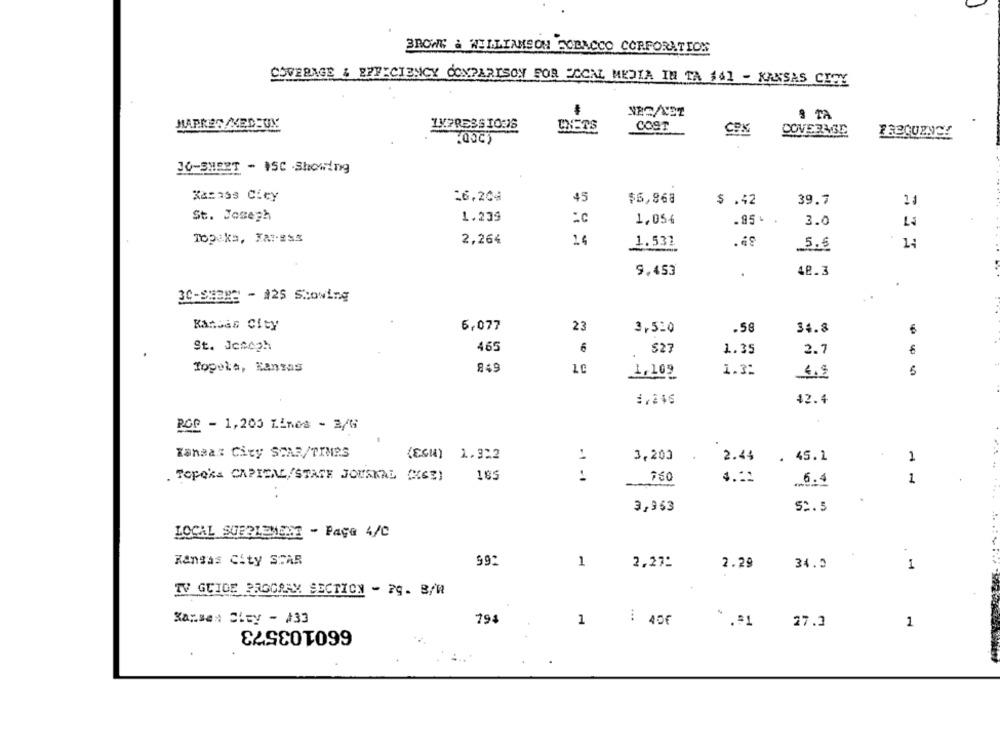
BROWF & WILLIAMSON BORACCO CORPORATION
COVERAGE & EFFICIENCY COMPARISON FOR ECCAL MEDIA IN TA 141 - KANSAS CITY
S TA
MAPNES/MEDSUN
CHETS
COST
COM
COVERAGE
30-SHEET - 15C Showing
Kasass Cicy
16,204
45
$6,868
$ .42
39.7
St. Joseph
1.239
1,054
.95-
3.0
Topeka, FAT-ES*
2,264
24
1.531.
5.6
9.453
48.3
30-S8883 - #25 Showing
Kansas City
6,077
23
3,520
.58
34.8
St. Joseph
465
6
$27
1.35
2.7
Topela, Kansas
849
1,169
1.3:
4.9
42.4
POP - 1,203 Lines - 3/t
Kansas City SCAR/TIMPS
(EGM) 1.322
3,200
2.44
. 45.1
1
Topeka CAPITAL/STATE JOUSKAL (GE)
18
750
4.1:
6.4
1
3,953
52. 5
LOCAL SUPPLEMENT - Page 4/C
Kansas City SCAR
99
1
2,27:
2.29
34.2
1
TV GUIDE PROGRAM SECTION - 79. B/W
...
Kansas City - 433
660103573
79
1
: 45€
. . $1
27.3
1